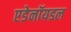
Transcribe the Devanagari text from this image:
एडेनॉयडल